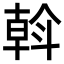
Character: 斡